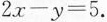
$$2 x - y = 5$$.